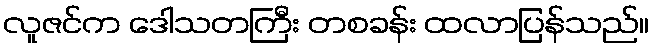
လူဇင်က ဒေါသတကြီး တစခန်း ထလာပြန်သည်။